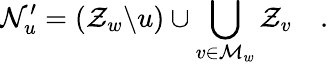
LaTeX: \mathcal{N}_{u}^{\prime}=(\mathcal{Z}_{w}\backslash u)\cup\bigcup_{v\in\mathcal{M}_{w}}\mathcal{Z}_{v}\quad.